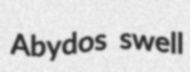
Abydos swell